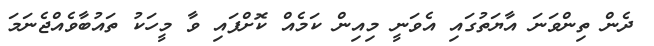
ދެން ތިންވަނަ އާޔަތުގައި އެވަނީ މިއިން ކަމެއް ކޮށްފައި ވާ މީހަކު ތައުބާވެއްޖެނަމަ